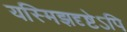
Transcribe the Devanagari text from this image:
यस्मिझदृष्टेऽपि